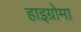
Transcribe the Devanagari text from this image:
हाइग्रोमा